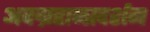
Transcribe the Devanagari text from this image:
अवग्रहान्त्रदर्शन